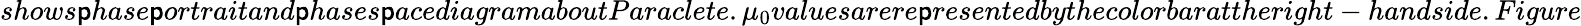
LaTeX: shows\mathsf{p}hase\mathsf{p}ortraitand\mathsf{p}hases\mathsf{p}acediagramaboutParaclete.\mu_{0}valuesarere\mathsf{p}resentedbythecolorbarattheright-handside.Figure